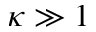
\kappa \gg 1